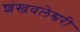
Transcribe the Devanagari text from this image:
शंखवलेश्वरी